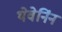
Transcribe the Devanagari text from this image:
थेवेनिंन